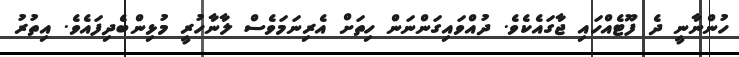
ހުންނާނީ ދެ ފޫޓެއްހައި ޖާގައެކެވެ. ދުއްވައިގަންނަން ހިތަށް އެރިނަމަވެސް ލާނާހުރީ މުޅިންބެދިފައެވެ. އިތުރު